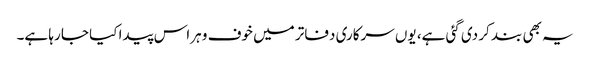
یہ بھی بند کر دی گئی ہے، یوں سرکاری دفاتر میں خوف و ہراس پیدا کیا جا رہا ہے۔